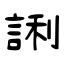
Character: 誗